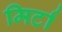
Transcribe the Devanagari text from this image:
मिर्टा